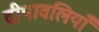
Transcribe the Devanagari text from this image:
दीपावलियाँ